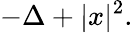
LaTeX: -\Delta+|x|^{2}.